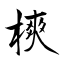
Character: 樉